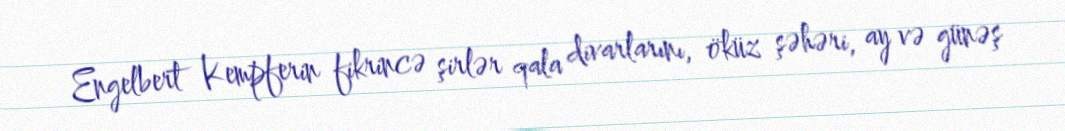
Engelbert Kempferin fikrincə şirlər qala divarlarını, öküz şəhəri, ay və günəş